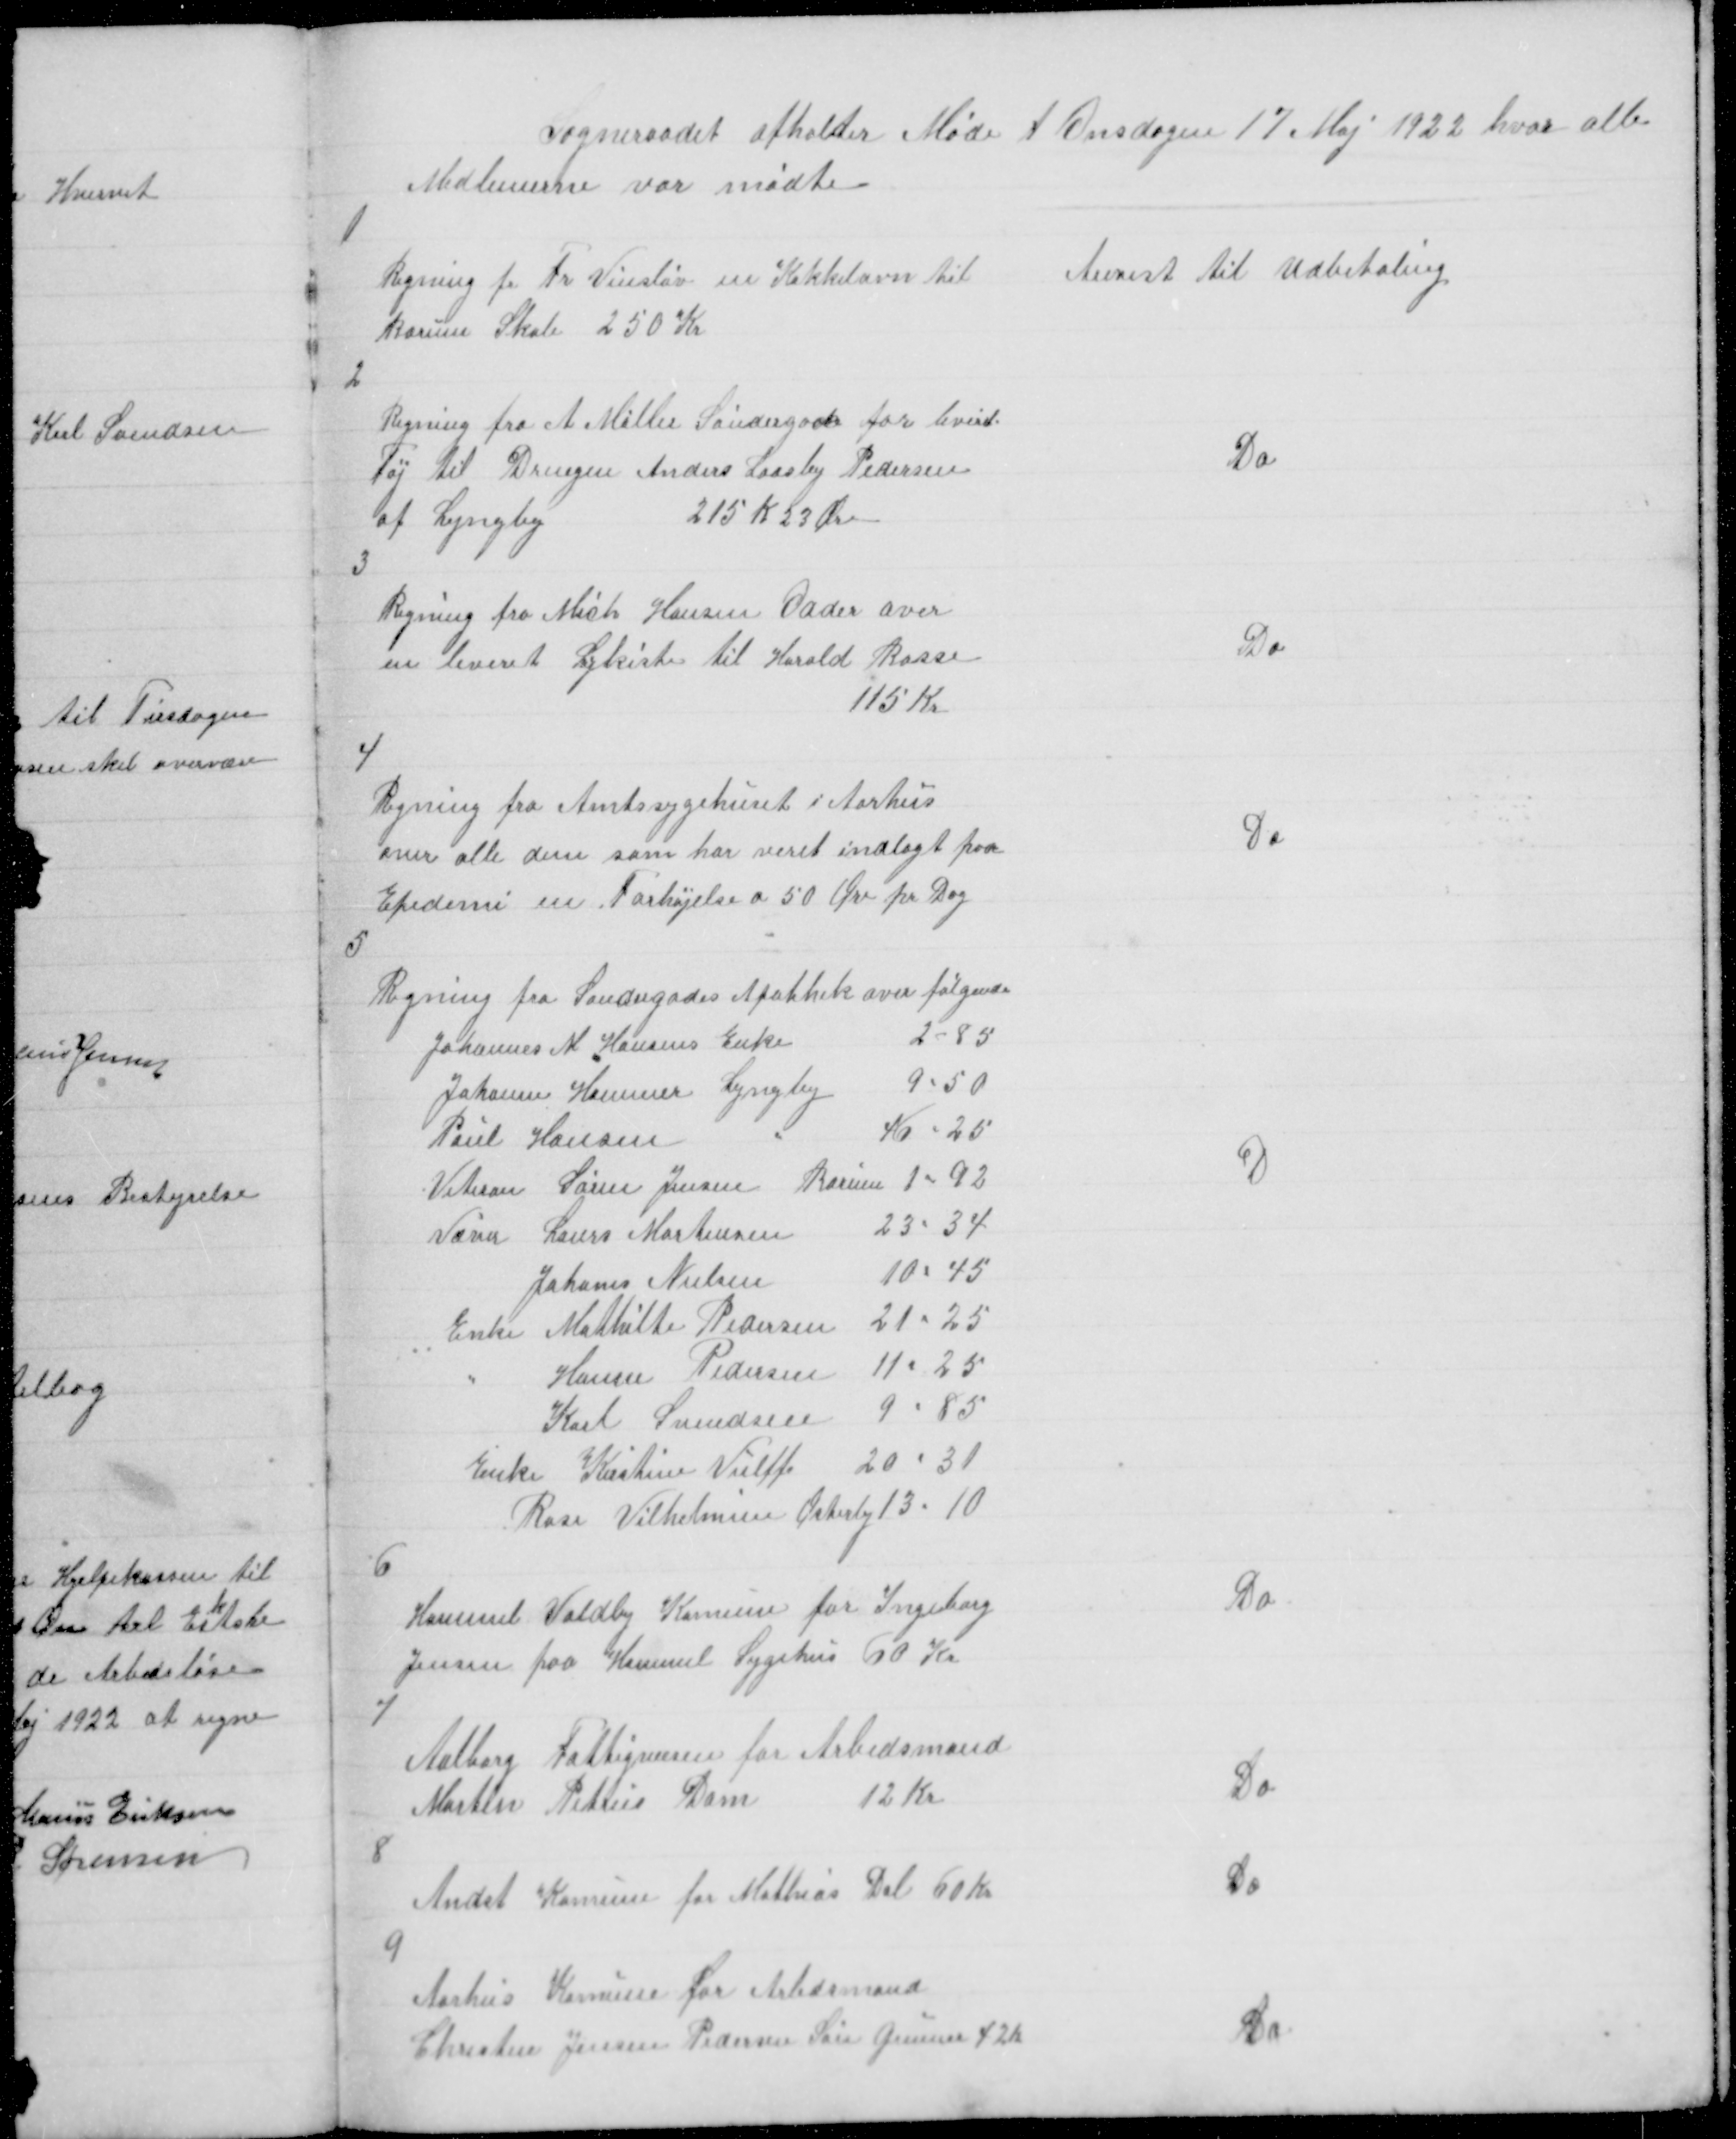
Transskription:
Sogneraadet afholder Møde t Onsdagen 17 Maj 1922 hvor alle
Medlemerne var mødte
1
Regning fr Fr Vinsløv en Kakkelovn til
Borum Skole 250 Kr

Anvist til Udbetaling

2
Regning fra A Møller Søndergade for leveret
Tøj til Drengen Anders Laasby Pedersen
af Lyngby
215 K 23 Øre

Do

3
Regning fra Mich Hansen Odder over
en leveret Ligkiste til Harald Basse
115 Kr

Do

4
Regning fra Amtssygehuset i Aarhus
over alle dem som har veret indlagt paa
Epedemi m Forhøjelse a 50 Øre pr Dag

Do

5

D

6
Hammel Voldby Komune for Ingeborg
Jensen paa Hammel Sygehus 60 Kr

Do

Aalborg Fattigvæsen for Arbedsmand
Morten Petrus Dam
12 Kr
7

Do

Andst Komune for Mathias Dal 60 Kr
8

Do

Aarhus Komune for Arbdsmand
Chresten Jensen Pedersen Søn Gunnar 42 K
9

Do